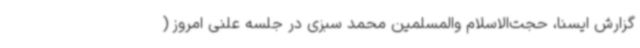
گزارش ایسنا، حجت‌الاسلام والمسلمین محمد سبزی در جلسه علنی امروز (